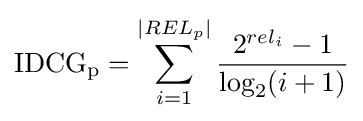
\mathrm {IDCG_{p}} =\sum _{i=1}^{|REL_{p}|}{\frac {2^{rel_{i}}-1}{\log _{2}(i+1)}}